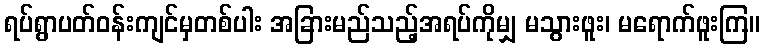
ရပ်ရွာပတ်ဝန်းကျင်မှတစ်ပါး အခြားမည်သည့်အရပ်ကိုမျှ မသွားဖူး၊ မရောက်ဖူးကြ။